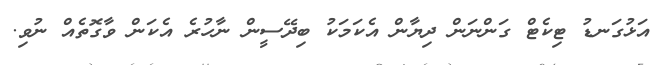
އަޅުގަނޑު ޓިކެޓް ގަންނަން ދިޔާން އެކަމަކު ބިދޭސީން ނާހުރެ އެކަން ވާގޮތެއް ނުވި.